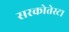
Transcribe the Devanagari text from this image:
सरकोतेस्टा